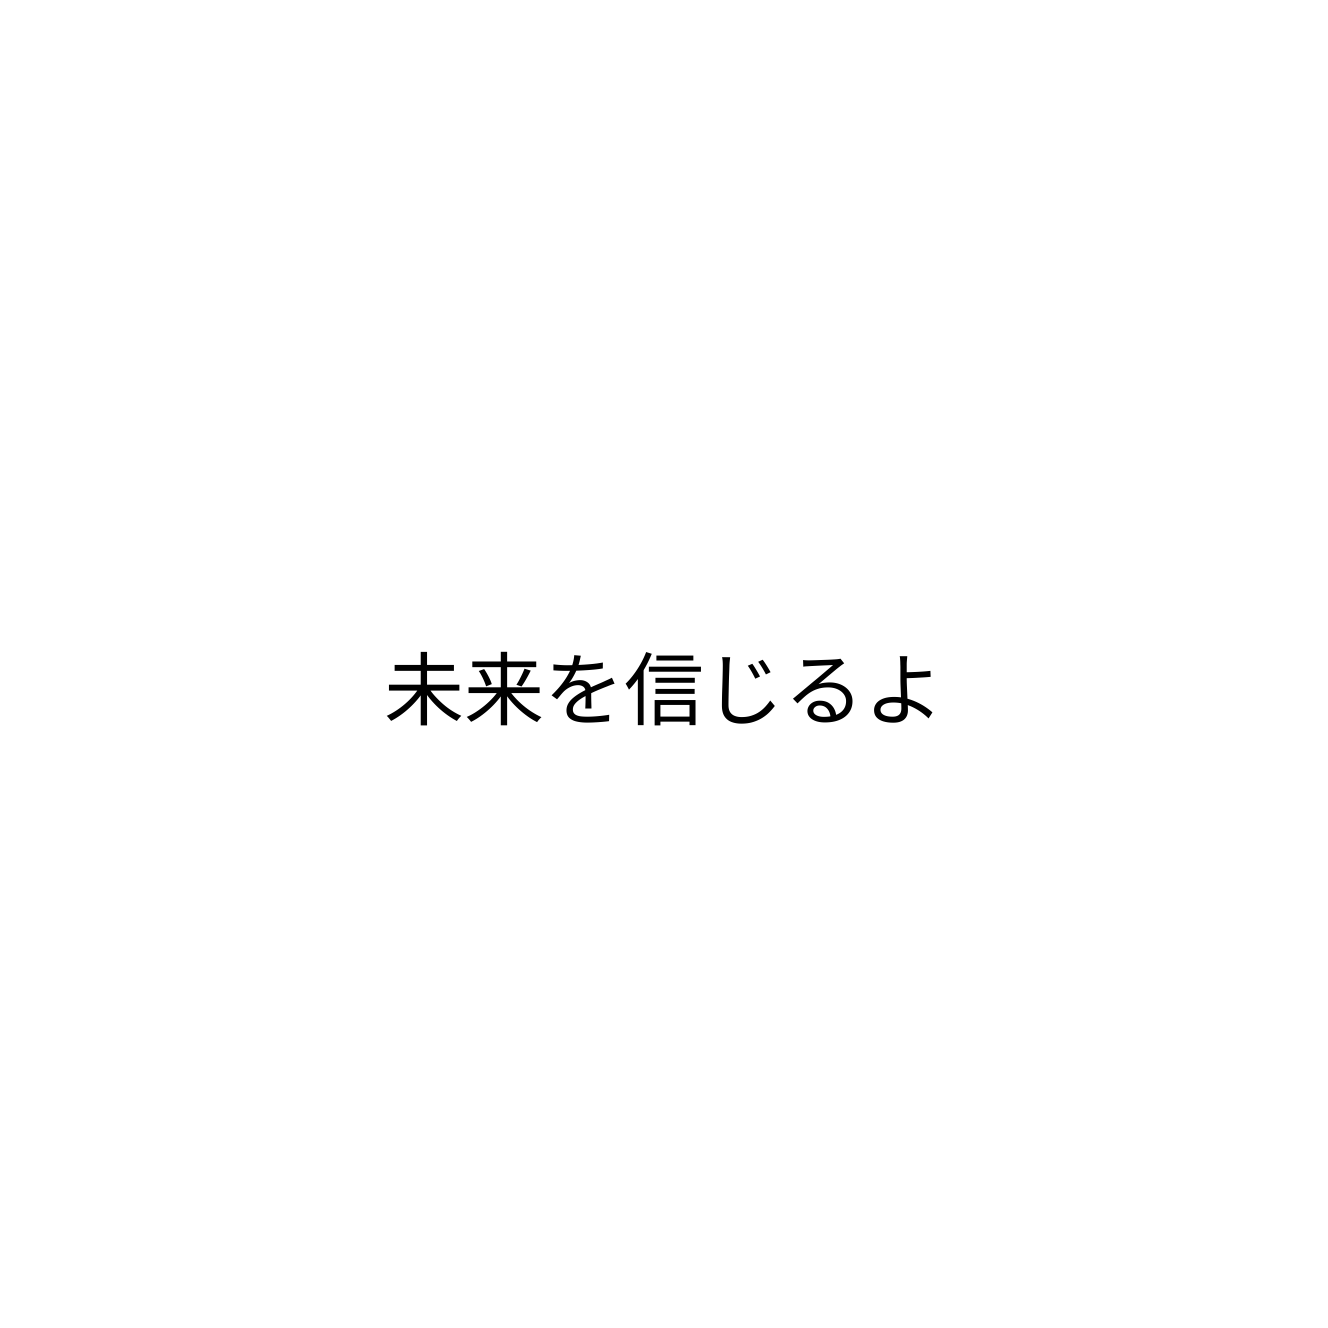
未来を信じるよ